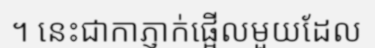
។ នេះជាកាភ្ញាក់ផ្អើលមួយដែល